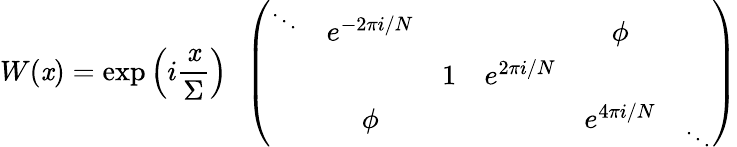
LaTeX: W(\mathit{x})=\exp\left(i\frac{{\mathit{x}}}{{\Sigma}}\right)\ \ \left(\begin{array}{cccccc}{{\mathrm{}^{\ddots}}}&{{e^{-2\pi i/N}}}&{{}}&{{}}&{{\phi}}\\ {{}}&{{}}&{{1}}&{{e^{2\pi i/N}}}&{{}}&{{}}\\ {{}}&{{\phi}}&{{}}&{{}}&{{e^{4\pi i/N}}}&{{\mathrm{}_{\ddots}}}\end{array}\right)